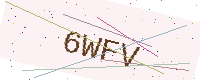
Text: 6WFV